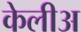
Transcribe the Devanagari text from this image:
केलीअ